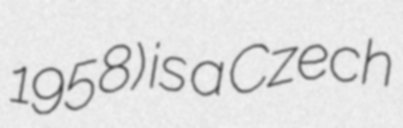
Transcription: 1958) is a Czech